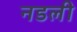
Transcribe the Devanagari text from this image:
नडली